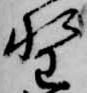
野